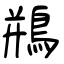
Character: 鵧